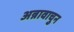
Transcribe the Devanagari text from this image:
अन्नावाचुन